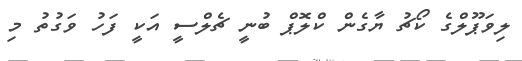
ލިވަޕޫލްގެ ކޯޗު ޔާގެން ކްލޮޕް ބުނީ ޗެލްސީ އަކީ ފަހު ވަގުތު މި